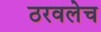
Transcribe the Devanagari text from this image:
ठरवलेच